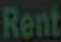
Rent